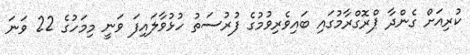
ކުރިއަށް ގެންދާ ޕްރޮގްރާމުގައި ބައިވެރިވުމުގެ ފުރުސަތު ހުޅުވާލައިފަ ވަނީ މިމަހުގެ 22 ވަނަ